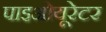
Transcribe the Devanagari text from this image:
पाइओयूरेटर